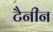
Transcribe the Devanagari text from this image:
टैनीन